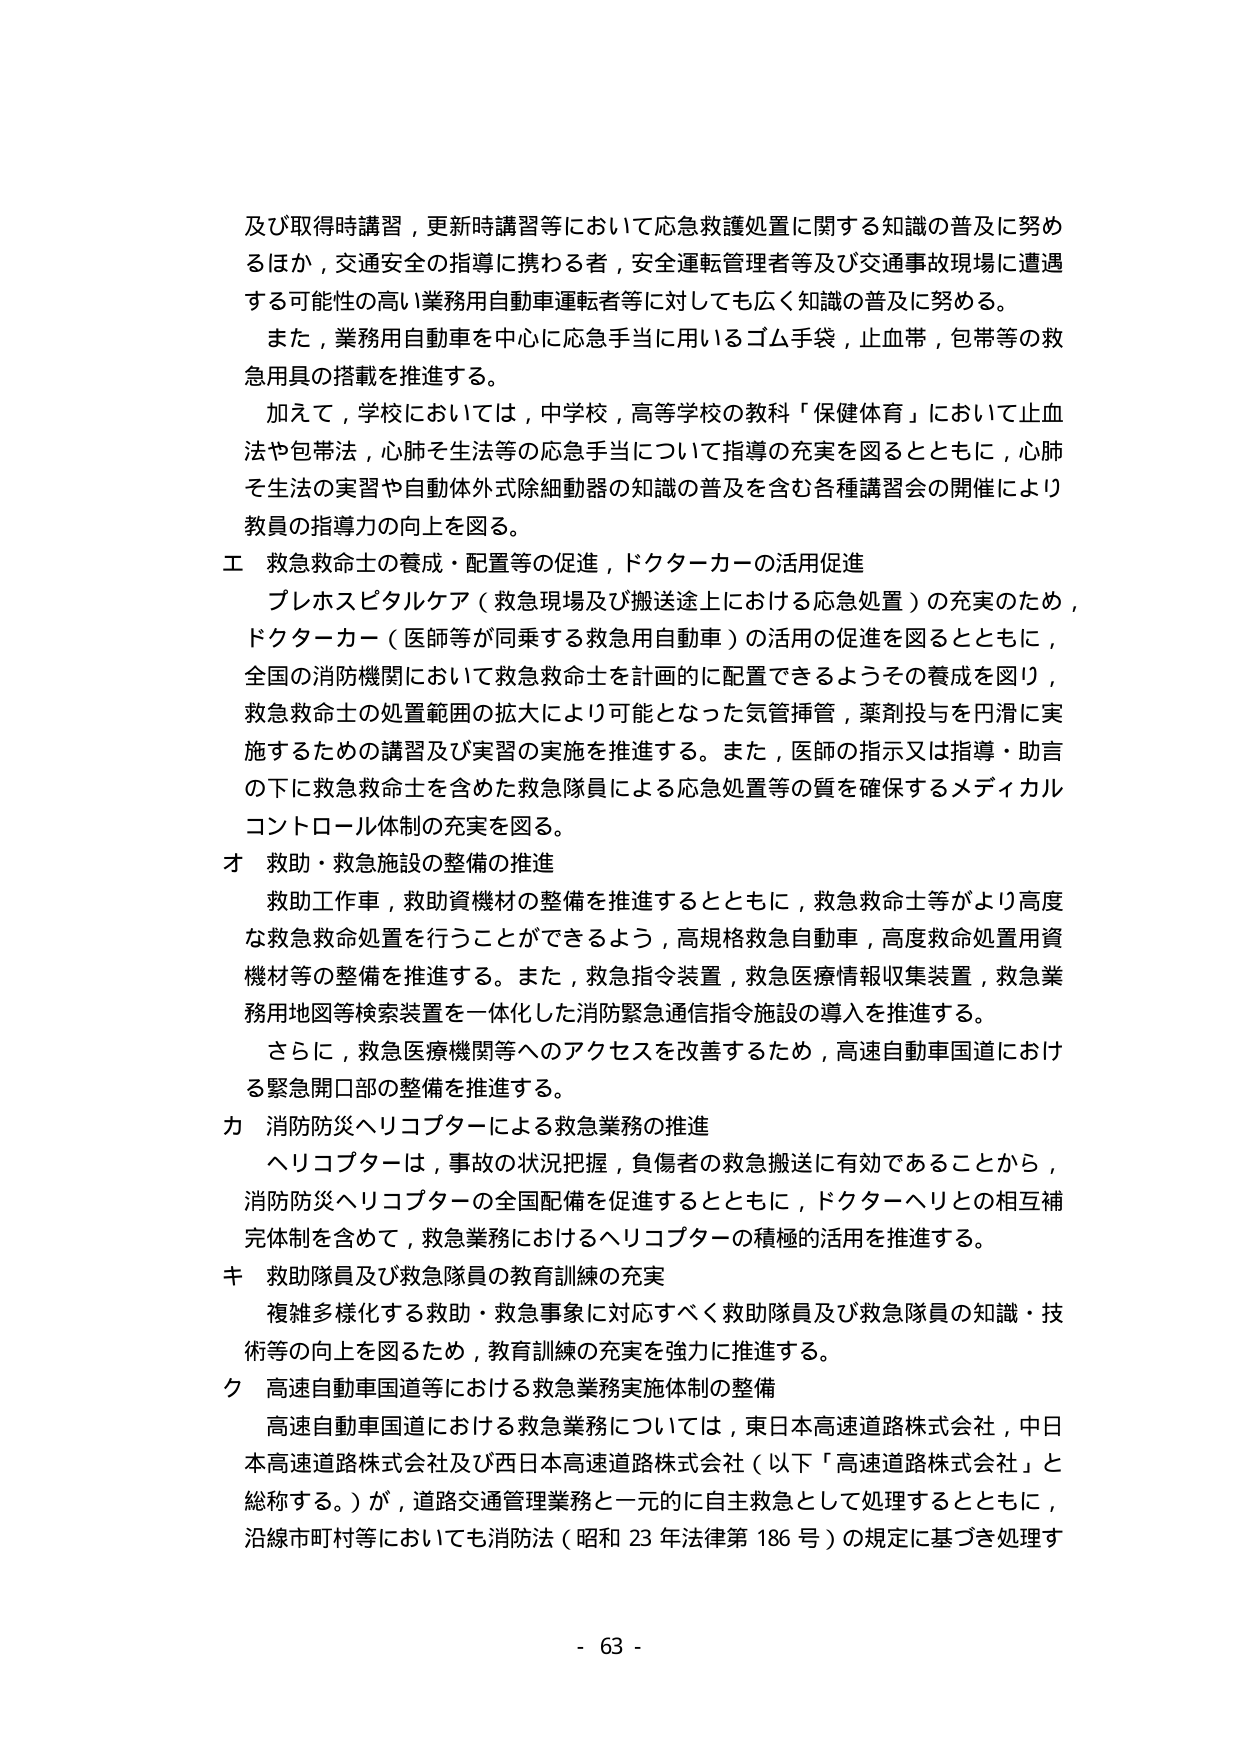
及び取得時講習，更新時講習等において応急救護処置に関する知識の普及に努めるほか，交通安全の指導に携わる者，安全運転管理者等及び交通事故現場に遭遇する可能性の高い業務用自動車運転者等に対しても広く知識の普及に努める。

また，業務用自動車を中心に応急手当に用いるゴム手袋，止血帯，包帯等の救急用具の搭載を推進する。

加えて，学校においては，中学校，高等学校の教科「保健体育」において止血法や包帯法，心肺そ生法等の応急手当について指導の充実を図るとともに，心肺そ生法の実習や自動体外式除細動器の知識の普及を含む各種講習会の開催により教員の指導力の向上を図る。

エ 救急救命士の養成・配置等の促進，ドクターカーの活用促進

プレホスピタルケア（救急現場及び搬送途上における応急処置）の充実のため，ドクターカー（医師等が同乗する救急用自動車）の活用の促進を図るとともに，全国の消防機関において救急救命士を計画的に配置できるようその養成を図り，救急救命士の処置範囲の拡大により可能となった気管挿管，薬剤投与を円滑に実施するための講習及び実習の実施を推進する。また，医師の指示又は指導・助言の下に救急救命士を含めた救急隊員による応急処置等の質を確保するメディカルコントロール体制の充実を図る。

オ 救助・救急施設の整備の推進

救助工作車，救助資機材の整備を推進するとともに，救急救命士等がより高度な救急救命処置を行うことができるよう，高規格救急自動車，高度救命処置用資機材等の整備を推進する。また，救急指令装置，救急医療情報収集装置，救急業務用地図等検索装置を一体化した消防緊急通信指令施設の導入を推進する。

さらに，救急医療機関等へのアクセスを改善するため，高速自動車国道における緊急開口部の整備を推進する。

カ 消防防災ヘリコプターによる救急業務の推進

ヘリコプターは，事故の状況把握，負傷者の救急搬送に有効であることから，消防防災ヘリコプターの全国配備を促進するとともに，ドクターヘリとの相互補完体制を含めて，救急業務におけるヘリコプターの積極的活用を推進する。

キ 救助隊員及び救急隊員の教育訓練の充実

複雑多様化する救助・救急事象に対応すべく救助隊員及び救急隊員の知識・技術等の向上を図るため，教育訓練の充実を強力に推進する。

ク 高速自動車国道等における救急業務実施体制の整備

高速自動車国道における救急業務については，東日本高速道路株式会社，中日本高速道路株式会社及び西日本高速道路株式会社（以下「高速道路株式会社」と総称する。）が，道路交通管理業務と一元的に自主救急として処理するとともに，沿線市町村等においても消防法（昭和23年法律第186号）の規定に基づき処理す

- 63 -